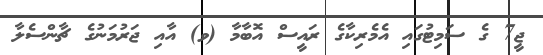
ޖީ7 ގެ ސަމިޓުގައި އެމެރިކާގެ ރައީސް އޮބާމާ (ވ) އާއި ޖަރުމަނުގެ ޗާންސެލާ